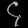
Digit: ၄